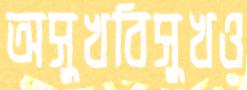
অসুখবিসুখও